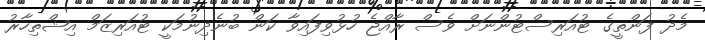
މެދު ފަންތީގެ ޓުއަރިސްޓުންނަށް ވެސް ރާއްޖެ ހުޅުވިފައިވާ ކަން ބުނެދިނުމަކީ ޓުއަރިޒަމް އިޝްތިހާރު